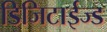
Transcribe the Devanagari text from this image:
डिजिटाईज्ड